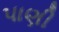
પાણી